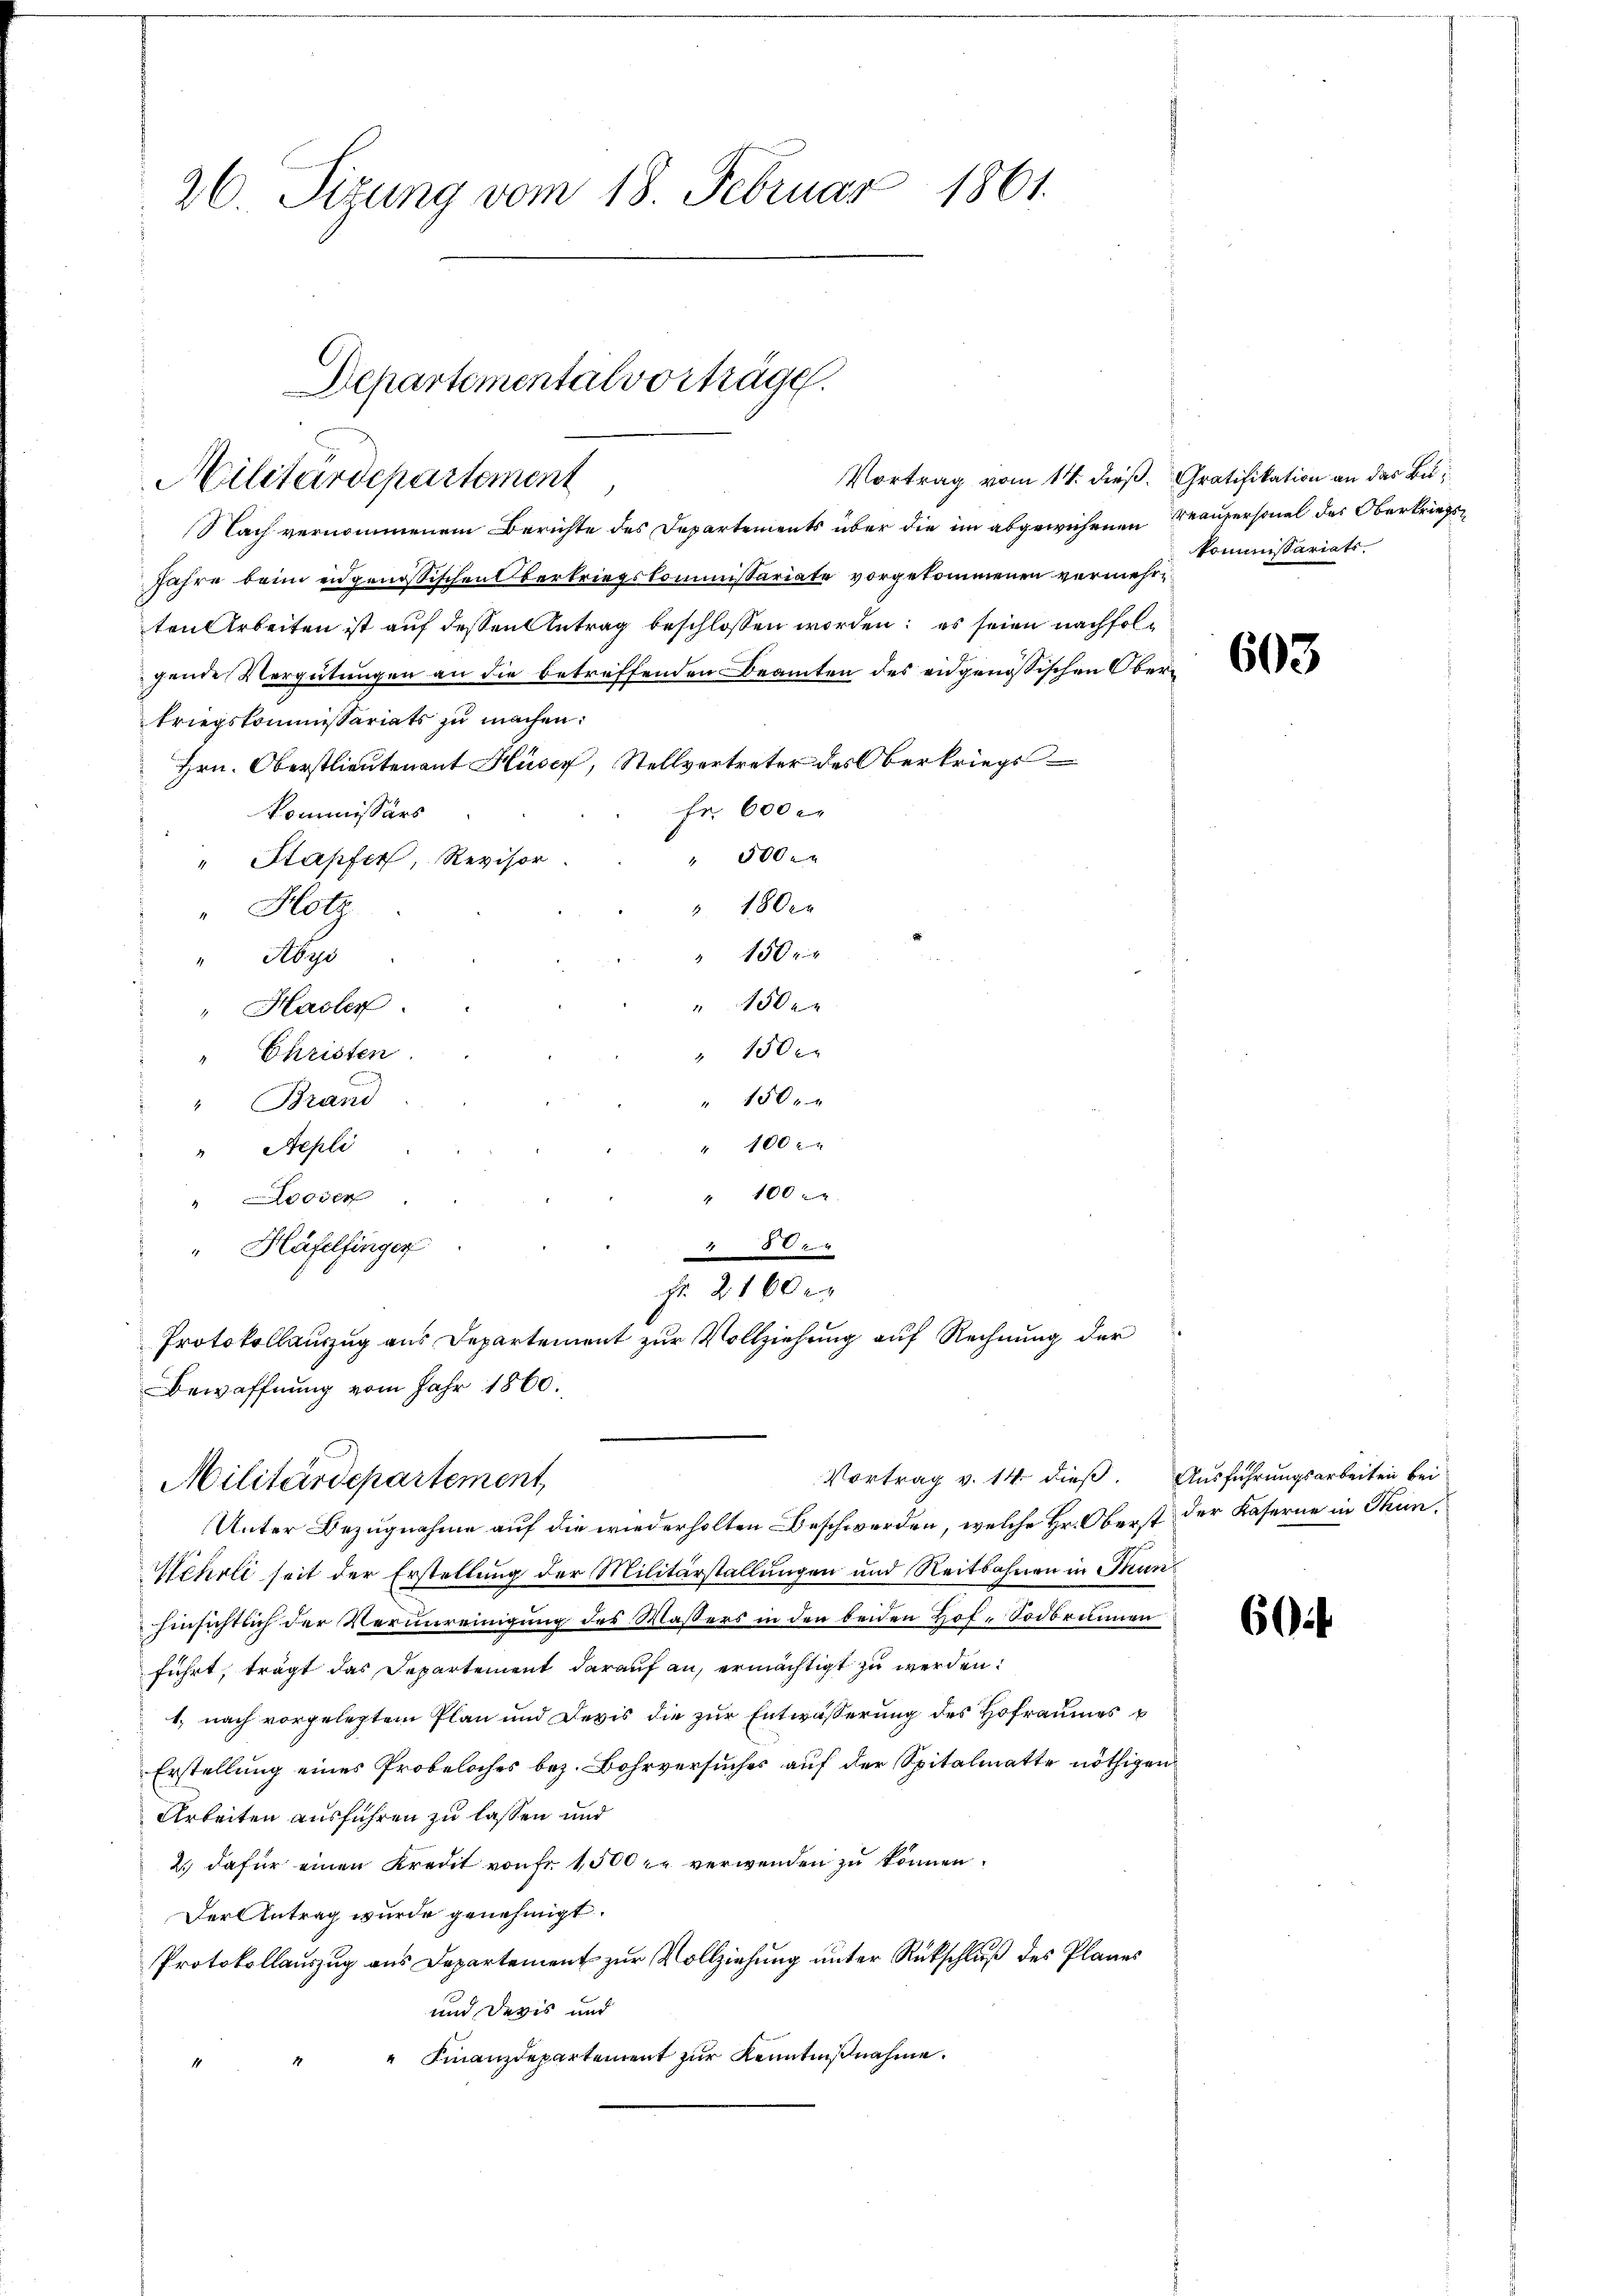
26. Sizung vom 18. Februar 1861.

Departemental vorträge.
Vortrag vom 11. dieß. Gratifikation an das Bu¬
Militärdepartement,

Nach vernommenem Berichte des Departements über die im abgewiesenen Teaupersonal des Oberkriegs¬
Jahre beim eidgenössischen Oberkriegskommissariate vorgekommenen vermehrten Arbeiten ist auf dessen Antrag beschlossen worden; es seien nachfolgende Vergütungen an die betreffenden Beamten des eidgenössischen Oberkriegskommissariats zu machen:
Hrn. Oberstlieutenant Hüsey, Stellvertreter des Oberkriegs¬
Fr. 600 er
Kommissärs
" 500 x
" Stapfer, Revisor
" 180 er
"Hotz
" 150 x
"Abys
150 r
" Hasler.
 150 r
Christen
.
" 150 x
" Brand
" 100
Aepli
" 100
" oder
Häfelfinger
044
fr. 2160 er
Protokollauszug aus Departement zur Vollziehung auf Rechnung der
Bewaffnung vom Jahr 1860.

Vortrag v. 14 dieß. Ausführungsarbeiten bei
Militärdepartement,

Unter Bezugnahme auf die wiederholten Beschwerden, welche Hr. Oberst der Kaserne in Thun¬
Wehrli seit der Erstellung der Militärstallungen und Reitbahnen in Funhinsichtlich der Verunreinigung des Wassers in den beiden Hof-Sodbrunnen
führt, trägt das Departement darauf an, ermächtigt zu werden.
1) nach vorgelegtem Plan und Devis die zur Entwässerung des Hofraumes u
Erstellung eines Probeloches bez. Bohrversuches auf der Spitalmatte nöthigen
Arbeiten ausführen zu lassen und
2.) dafür einen Kredit von Fr. 1500 zu verwenden zu können.
Der Antrag wurde genehmigt.
Protokollauszug aus Departement zur Vollziehung unter Rückschluß des Planes
und Devis und
" " Finanzdepartement zŭr Kenntniβnahme.
1

kommissariats.

603

604